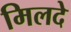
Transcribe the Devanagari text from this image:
मिलदे